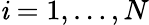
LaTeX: \mathit{i}=1,\dots,N